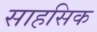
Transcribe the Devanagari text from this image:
साहसिक